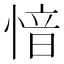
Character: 愔